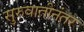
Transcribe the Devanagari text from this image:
सुरुवातीनंतर